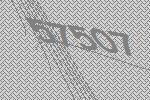
57507